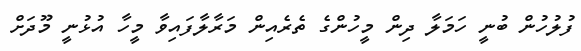
ފުލުހުން ބުނީ ހަމަލާ ދިން މީހުންގެ ތެރެއިން މަރާލާފައިވާ މީހާ އުޅުނީ މޫދަށް